Indian journal of veterinary science and animal husbandry - Volumes 15-17, 1948-1951
Year: 1948
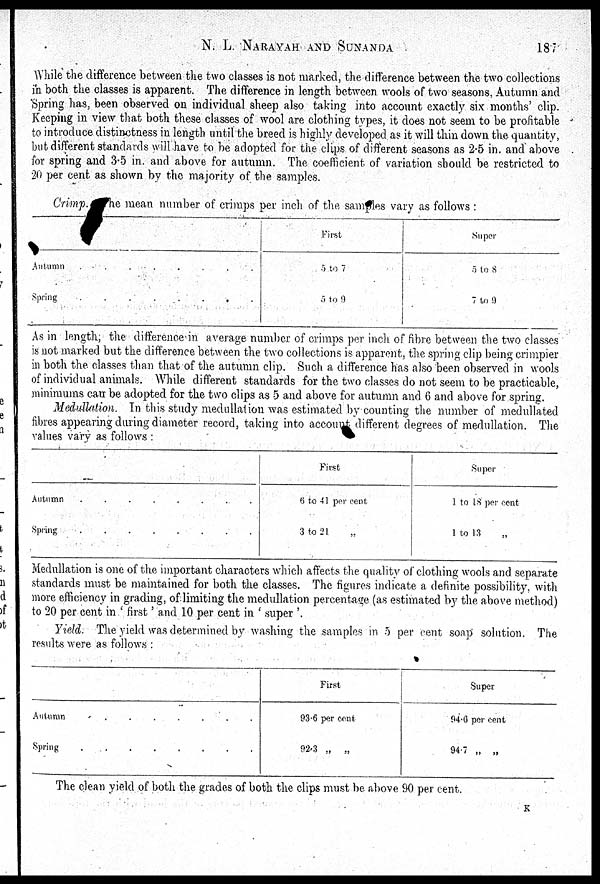
N.
L.
NARAYAH
AND
SUNANDA
187
While the difference between the two classes is not marked, the difference between the two collections
in both the classes is apparent. The difference in length between wools of two seasons, Autumn and
Spring has, been observed on individual sheep also taking into account exactly six months' clip.
Keeping in view that both these classes of wool are clothing types, it does not seem to be profitable
to introduce distinctness in length until the breed is highly developed as it will thin down the quantity,
but different standards will have to be adopted for the clips of different seasons as 2.5 in and above
for spring and 3.5 in. and above for autumn. The coefficient of variation should be restricted to
20 per cent as shown by the majority of the samples.
Crimp. he mean number of crimps per inch of the samples vary as follows :
Autumn
.
.
.
.
.
.
Spring
.
.
.
.
First
5 to 7
5 to 9
Super
5 to 8
7 to 9
As in length, the difference in average number of crimps per inch of fibre between the two classes
is not marked but the difference between the two collections is apparent, the spring clip being crimpier
in both the classes than that of the autumn clip. Such a difference has also been observed in wools
of individual animals. While different standards for the two classes do not seem to be practicable,
minimums can be adopted for the two clips as 5 and above for autumn and 6 and above for spring.
Medullation. In this study medullation was estimated by counting the number of medullated
fibres appearing during diameter record, taking into account different degrees of medullation. The
values vary as follows :
Autumn
.
.
.
.
.
.
.
.
Spring . . . . . . . .
First
6 to 41 per cent
3 to 21 „
Super
1 to 18 per cent
1 to 13 „
Medullation is one of the important characters which affects the quality of clothing wools and separate
standards must be maintained for both the classes. The figures indicate a definite possibility, with
more efficiency in grading, of limiting the medullation percentage (as estimated by the above method)
to 20 per cent in 'first' and 10 per cent in 'super'.
Yield. The yield was determined by washing the samples in 5 per cent soap solution. The
results were as follows :
Autumn
.
.
.
.
.
.
.
.
Spring . . . . . . . .
First
93.6 per cent
92.3 „ „
Super
94.6 per cent
94.7 „ „
The clean yield of both the grades of both the clips must be above 90 per cent.
K